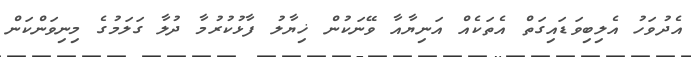
އެދުވަހު އެލިބިވަޑައިގަތް އެތަކެއް އަނިޔާއާ ވޭނަކުން ޚިޔާލު ފާޅުކުރުމާ ދުލާ ގަލަމުގެ މިނިވަންކަން